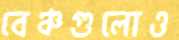
বেঞ্চগুলোও